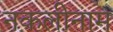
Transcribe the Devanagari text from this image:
नकलीनाम